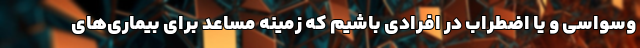
وسواسی و یا اضطراب در افرادی باشیم که زمینه مساعد برای بیماری‌های